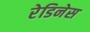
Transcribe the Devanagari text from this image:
रेडिनेस